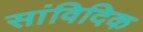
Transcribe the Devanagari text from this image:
सांविदिक